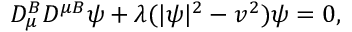
D _ { \mu } ^ { B } D ^ { \mu B } \psi + \lambda ( | \psi | ^ { 2 } - v ^ { 2 } ) \psi = 0 ,